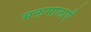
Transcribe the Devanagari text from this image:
भक्तमालाएँ